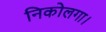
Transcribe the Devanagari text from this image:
निकोलगा।